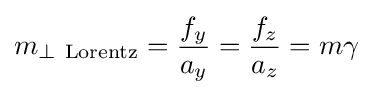
m_{\perp \ \mathrm {Lorentz} }={\frac {f_{y}}{a_{y}}}={\frac {f_{z}}{a_{z}}}=m\gamma